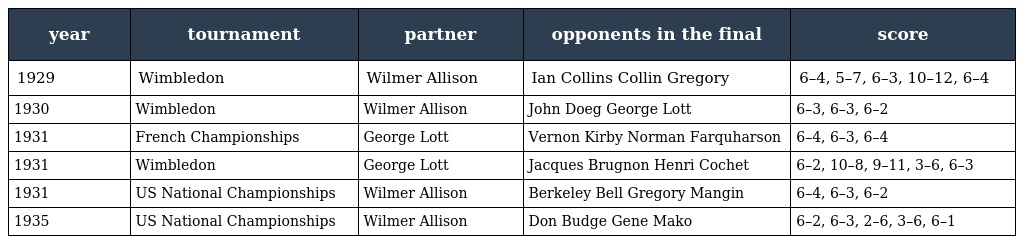
| year | tournament | partner | opponents in the final | score |
 | --- | --- | --- | --- | --- |
 | 1929 | Wimbledon | Wilmer Allison | Ian Collins Collin Gregory | 6–4, 5–7, 6–3, 10–12, 6–4 |
 | 1930 | Wimbledon | Wilmer Allison | John Doeg George Lott | 6–3, 6–3, 6–2 |
 | 1931 | French Championships | George Lott | Vernon Kirby Norman Farquharson | 6–4, 6–3, 6–4 |
 | 1931 | Wimbledon | George Lott | Jacques Brugnon Henri Cochet | 6–2, 10–8, 9–11, 3–6, 6–3 |
 | 1931 | US National Championships | Wilmer Allison | Berkeley Bell Gregory Mangin | 6–4, 6–3, 6–2 |
 | 1935 | US National Championships | Wilmer Allison | Don Budge Gene Mako | 6–2, 6–3, 2–6, 3–6, 6–1 |